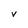
Character: v